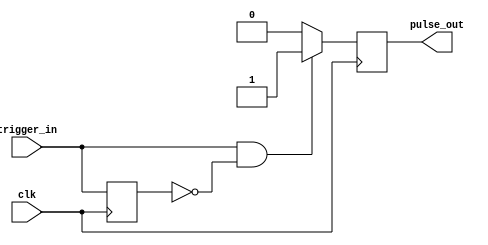
// CREDIT: 
// John Loomis (http://www.johnloomis.org/)
// http://www.johnloomis.org/digitallab/ps2lab1/ps2lab1.html

module oneshot(output reg pulse_out, input trigger_in, input clk);
reg delay;

always @ (posedge clk)
begin
	if (trigger_in && !delay) pulse_out <= 1'b1;
	else pulse_out <= 1'b0;
	delay <= trigger_in;
end 
endmodule